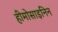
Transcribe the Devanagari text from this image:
हीमोसाइनिन